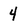
Character: 4